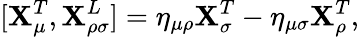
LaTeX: [{\cal\mathbf{X}}_{\mu}^{T},{\cal\mathbf{X}}_{\rho\sigma}^{L}]=\eta_{\mu\rho}{\cal\mathbf{X}}_{\sigma}^{T}-\eta_{\mu\sigma}{\cal\mathbf{X}}_{\rho}^{T},